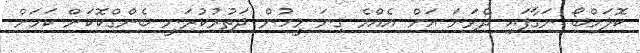
ކޮލަމްބޯ ނަގާފައި ދެވަނަ އަށް އެއްމެ ގިނަ މީހުން ދަތުރުކުރަނީ ބެންގްކޮކަށް ކަމަށް